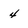
Character: 4